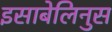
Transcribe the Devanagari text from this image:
इसाबेलिनुस